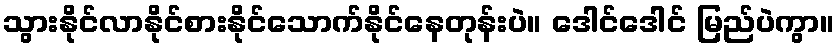
သွားနိုင်လာနိုင်စားနိုင်သောက်နိုင်နေတုန်းပဲ။ ဒေါင်ဒေါင် မြည်ပဲကွာ။